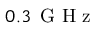
0 . 3 \ensuremath { \, \mathrm { ~ G ~ H ~ z ~ } }